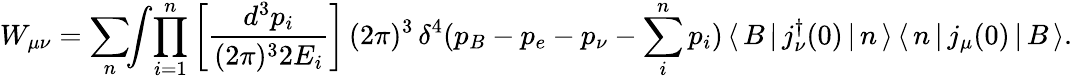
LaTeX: W_{\mu\nu}=\sum_{n}\! \! \int\! \prod_{i=1}^{n}\left[\frac{d^{3}p_{i}}{(2\pi)^{3}2E_{i}}\right]\, (2\pi)^{3}\, \delta^{4}(p_{B}-p_{e}-p_{\nu}-\sum_{i}^{n}p_{i})\, \langle\, B\, |\, j_{\nu}^{\dagger}(0)\, |\, n\, \rangle\, \langle\, n\, |\, j_{\mu}(0)\, |\, B\, \rangle.